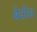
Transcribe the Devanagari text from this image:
बेवीस